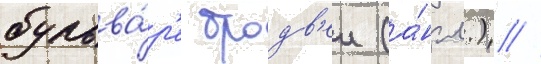
бульва́р'е бродв'еи (а́нгл.) //